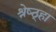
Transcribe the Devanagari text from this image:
श्रेष्ठ्हा